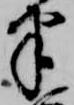
半